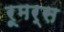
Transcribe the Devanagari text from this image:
रूमर्स